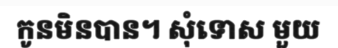
កូនមិនបាន។ សុំទោស មួយ